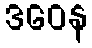
ဒဝေန